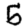
Digit: 5